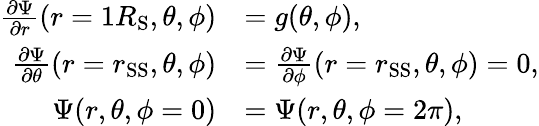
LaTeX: \begin{array}{rl}{\frac{\partial\Psi}{\partial r}(r=1R_{\mathrm{S}},\theta,\phi)}&{=g(\theta,\phi),}\\ {\frac{\partial\Psi}{\partial\theta}(r=r_{\mathrm{SS}},\theta,\phi)}&{=\frac{\partial\Psi}{\partial\phi}(r=r_{\mathrm{SS}},\theta,\phi)=0,}\\ {\Psi(r,\theta,\phi=0)}&{=\Psi(r,\theta,\phi=2\pi),}\end{array}